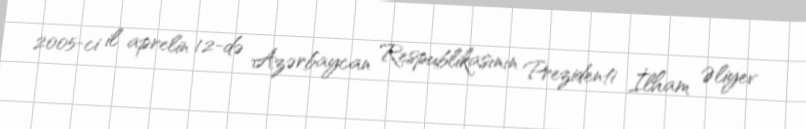
2005-ci il aprelin 12-də Azərbaycan Respublikasının Prezidenti İlham Əliyev